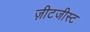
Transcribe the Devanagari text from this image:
ज़ीटजीस्ट